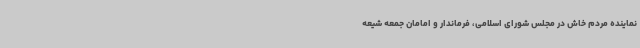
نماینده مردم خاش در مجلس شورای اسلامی، فرماندار و امامان جمعه شیعه